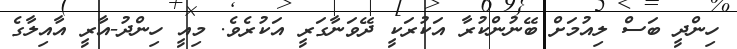
ހިންދީ ބަސް ލިއުމަށް ބޭނުންކުރާ އަކުރަކީ ދޭވަނާގަރީ އަކުރެވެ. މިއީ ހިންދު-އާރީ އާއިލާގެ